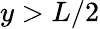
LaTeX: y>L/2